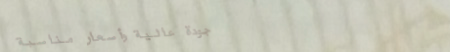
جودة عالية وأسعار مناسبة